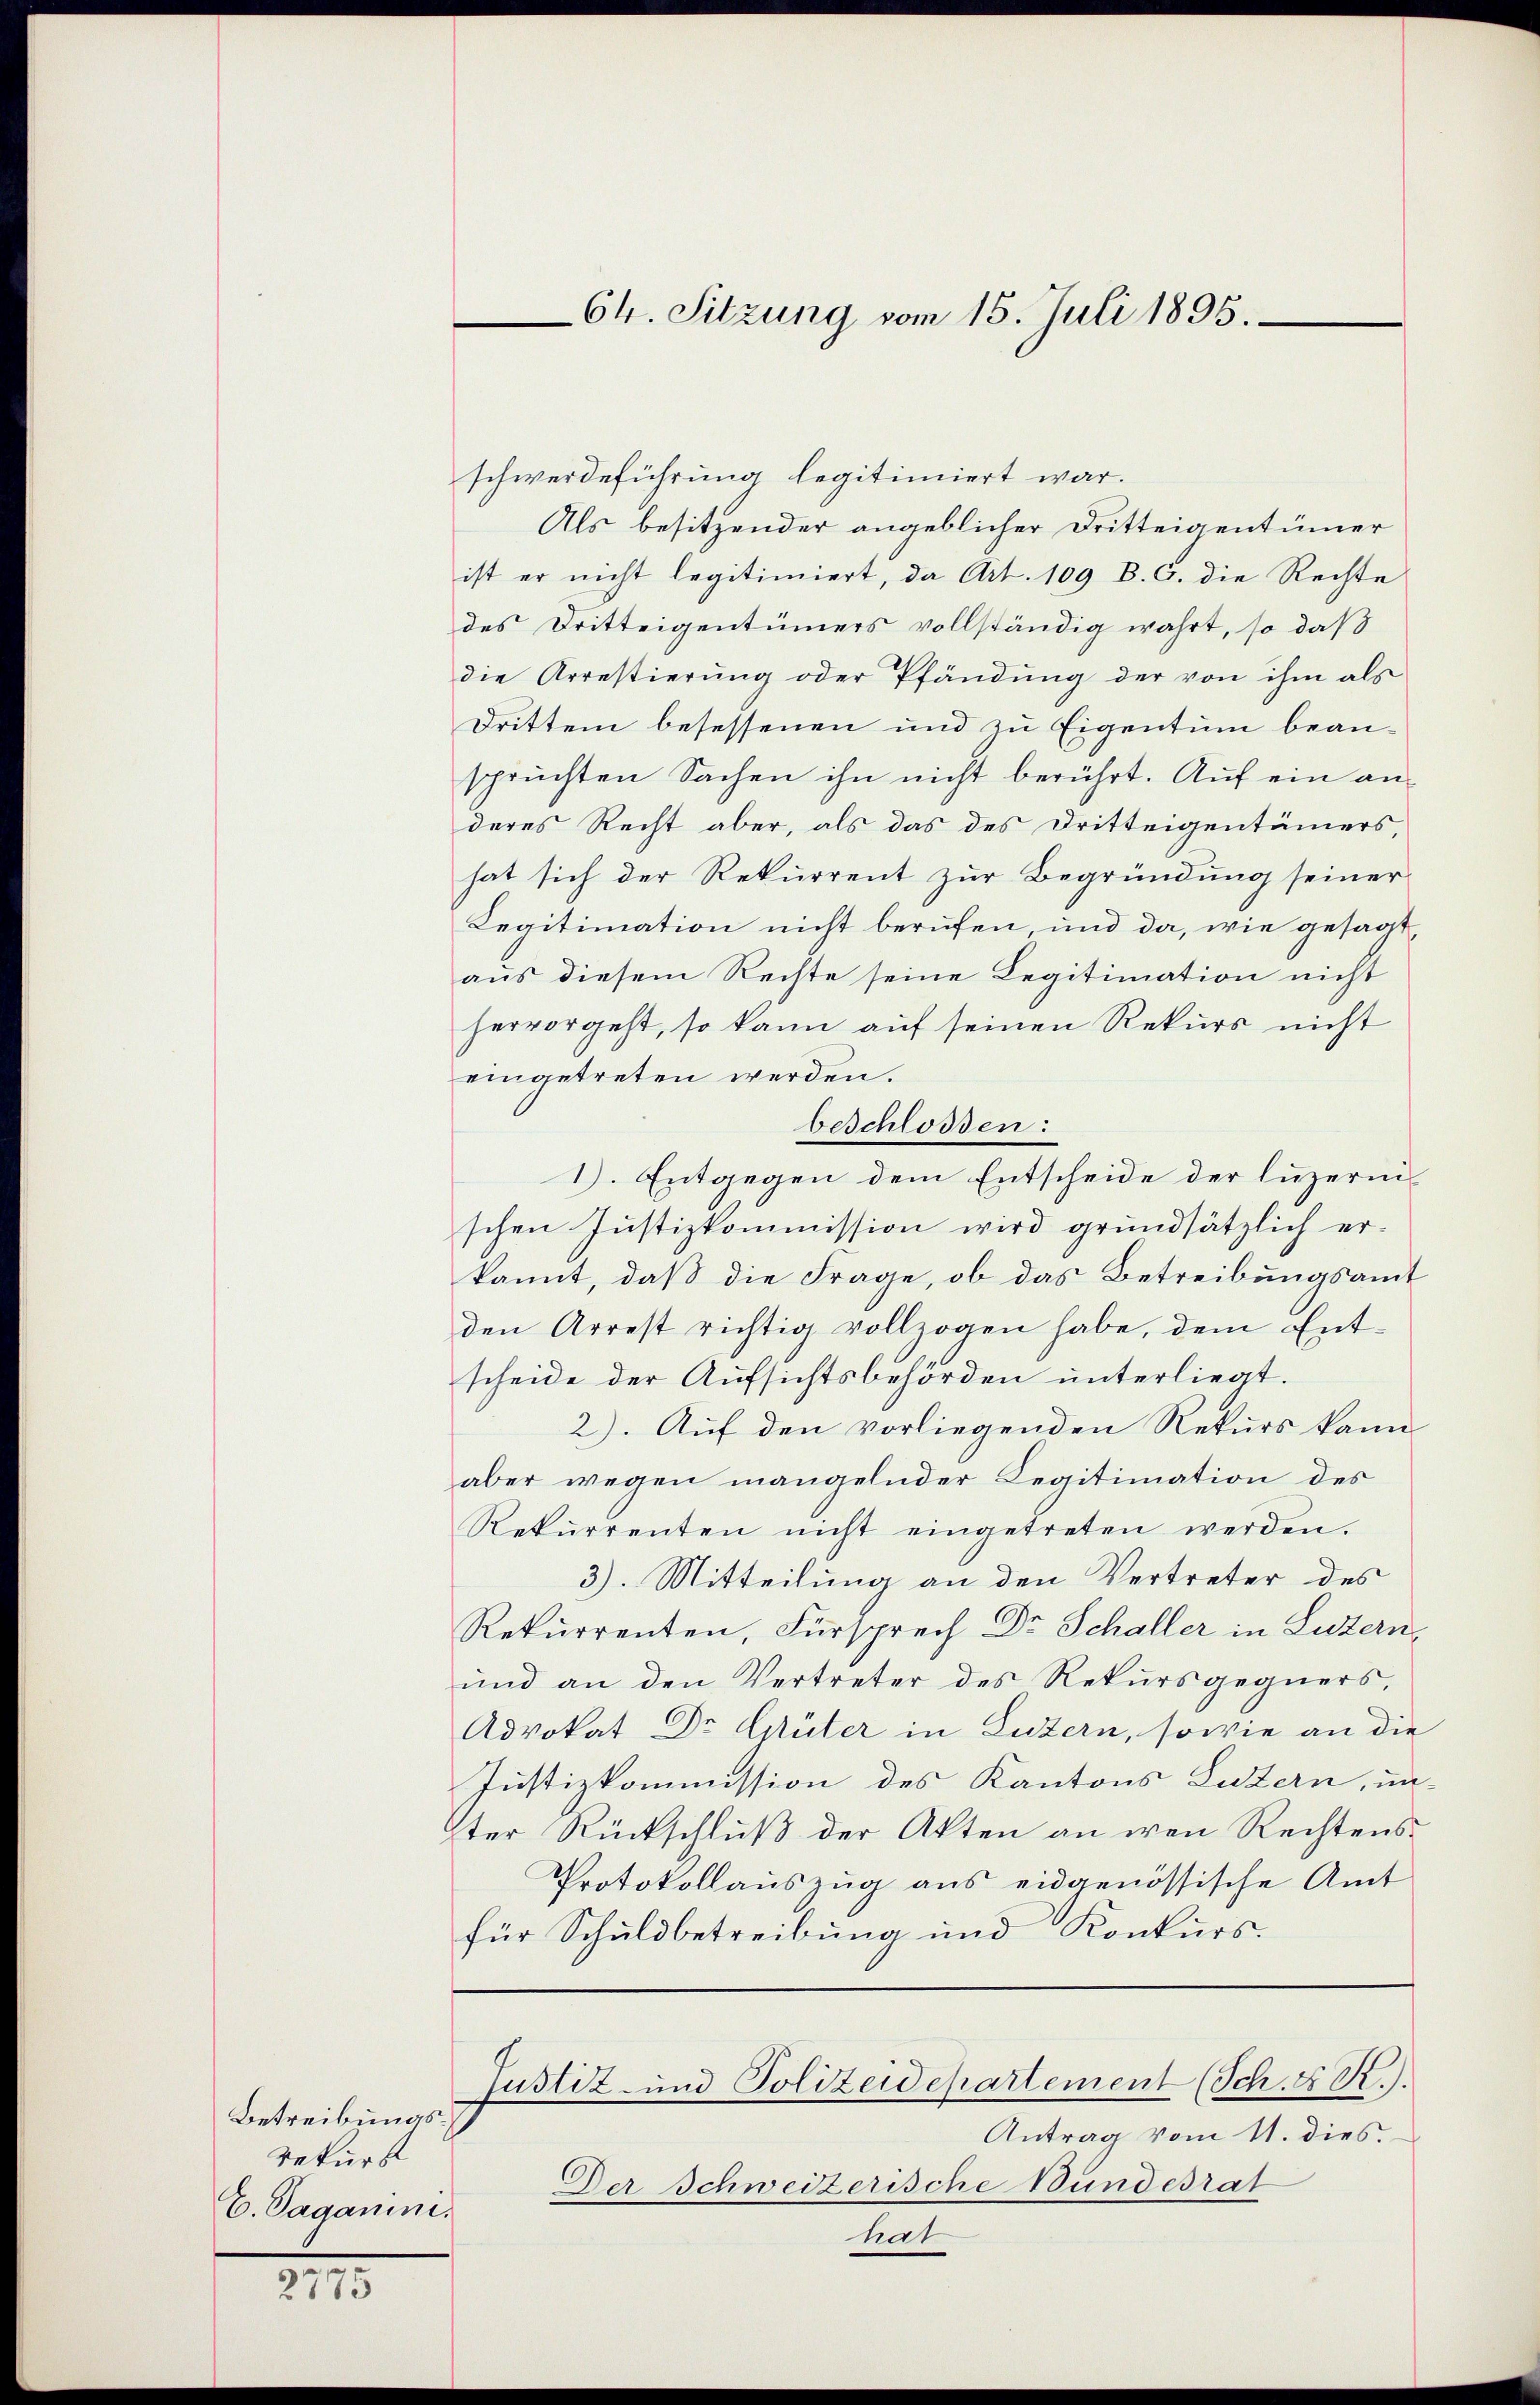
Betreibungsrekurs
C. Sagamin.

2775

schwerdeführung legitimiert war.
Als besitzender angeblicher Dritteigentümer
ist er nicht legitimiert, da Art. 109 B. G. die Rechte
des Dritteigentümers vollständig wahrt, so daß
die Arrestierung oder Pfändung der von ihm als
Dritten besessenen und zu Eigentum beanspruchten Sachen ihn nicht berührt. Auf ein anderes Recht aber, als das des Dritteigentümers,
hat sich der Rekurrent zur Begründung seiner
Legitimation nicht berufen, und da, wie gesagt,
aus diesem Rechte seine Legitimation nicht
hervorgeht, so kann auf seinen Rekurs nicht
eingetreten werden.
beschlossen:
schen Justizkommission wird grundsätzlich erkannt, daß die Frage, ob das Betreibungsamt
den Arrest richtig vollzogen habe, dem Ent-
scheide der Aufsichtsbehörden unterliegt.
2). Auf den vorliegenden Rekurs kann
aber wegen mangelnder Legitimation des
Rekŭrrenten nicht eingetreten werden.
3). Mitteilung an den Vertreter des
Rekurrenten, Fürsprech Dr Schaller in Luzern,
ŭnd an den Vertreter des Rekŭrsgegners,
Advokat Dr. Güter in Luzern, sowie an die
Justizkommission des Kantons Luzern, un-
ter Rückschluß der Akten an wen Rechtens¬
Protokollauszug aus eidgenössische Amt
für Schuldbetreibung und Konkurs.

64. Sitzung vom 15. Juli 1895.

Antrag vom 11. dies.
Der Schweizerische Bundesrat
hat

1). Entgegen dem Entscheide der luzerni

Justiz- und Polizeidepartement (Sch. 4 R.).